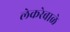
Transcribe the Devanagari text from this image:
लेकरेबाळे